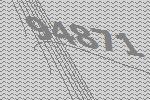
94871